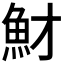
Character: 𩵝